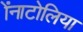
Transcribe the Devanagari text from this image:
ॲनाटोलिया